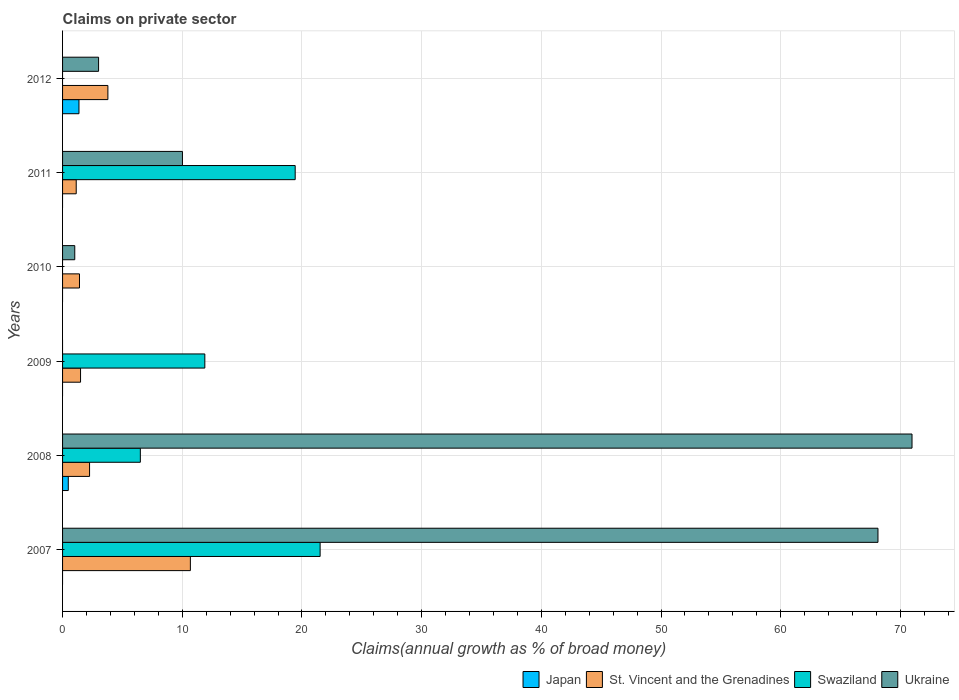
| Years | Japan | St. Vincent and the Grenadines | Swaziland | Ukraine |
 | --- | --- | --- | --- | --- |
 | 2007 | -0.405 | 10.7 | 21.5 | 68.1 |
 | 2008 | 0.477 | 2.26 | 6.5 | 71 |
 | 2009 | -0.083 | 1.5 | 11.9 | -5.76 |
 | 2010 | -0.473 | 1.41 | -0.443 | 1.02 |
 | 2011 | -0.268 | 1.14 | 19.4 | 10 |
 | 2012 | 1.37 | 3.79 | -1.54 | 3.01 |